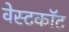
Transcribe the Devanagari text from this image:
वेस्टकॉट